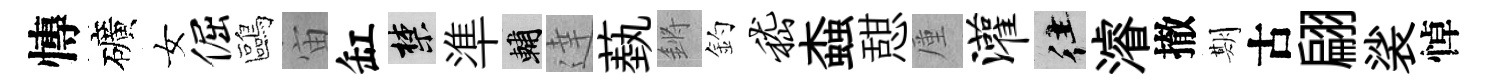
慱礦女倔鷗宙缸禁準輔達蓺鏘釣嵇螙憇厪灌往濬撤期古翩裟悼